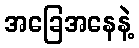
အခြေအနေနဲ့